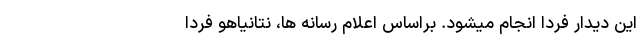
این دیدار فردا انجام میشود. براساس اعلام رسانه ها، نتانیاهو فردا